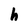
Character: h